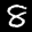
Digit: 8